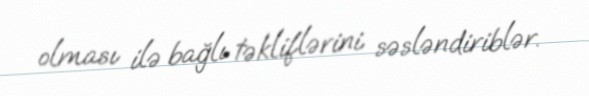
olması ilə bağlı təkliflərini səsləndiriblər.